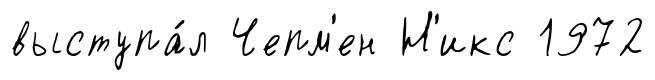
выступа́л Чепм'ен Н'икс 1972